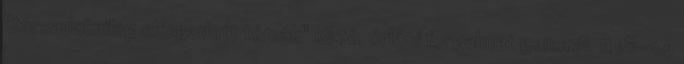
"társadalmilag elfogadott témák" közé, óriási forgalmat generál. A 18-34